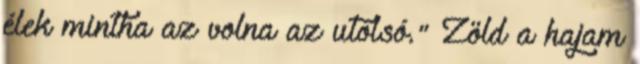
élek mintha az volna az utolsó." Zöld a hajam